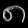
Digit: ၈